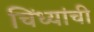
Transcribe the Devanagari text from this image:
चिंध्यांची